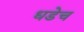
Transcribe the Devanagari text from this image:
धडेच